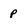
Character: p